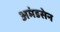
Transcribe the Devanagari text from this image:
अमंडसेन